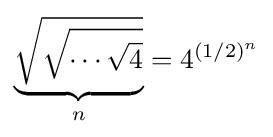
\underbrace {\sqrt {\sqrt {\cdots {\sqrt {4}}}}} _{n}=4^{(1/2)^{n}}